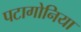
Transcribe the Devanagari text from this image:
पटागोनिया